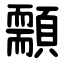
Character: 䫱